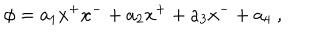
LaTeX: \phi = a _ { 1 } x ^ { + } x ^ { - } + a _ { 2 } x ^ { + } + a _ { 3 } x ^ { - } + a _ { 4 } \ ,